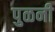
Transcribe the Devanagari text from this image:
पुळनी